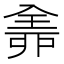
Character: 𠓴